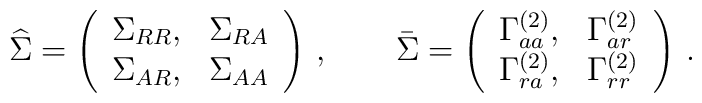
{\widehat \Sigma} = \left( \begin{array}{cc}                      \Sigma_{RR}, & \Sigma_{RA}\\                      \Sigma_{AR}, & \Sigma_{AA}                      \end{array} \right)\, ,  \qquad {\bar \Sigma} = \left( \begin{array}{cc}                      \Gamma^{(2)}_{aa}, & \Gamma^{(2)}_{ar}\\                      \Gamma^{(2)}_{ra}, & \Gamma^{(2)}_{rr}                      \end{array} \right)\, .